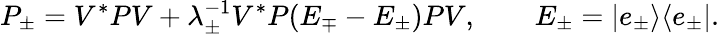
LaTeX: P_{\pm}=V^{*}PV+\lambda_{\pm}^{-1}V^{*}P(E_{\mp}-E_{\pm})PV,\qquad E_{\pm}=|e_{\pm}\rangle\langle e_{\pm}|.